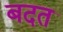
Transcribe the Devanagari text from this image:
बदत